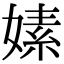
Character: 嫊